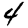
Digit: 4